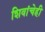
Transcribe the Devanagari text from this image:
शिवांचेही